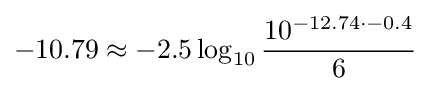
-10.79\approx -2.5\log _{10}{\frac {10^{-12.74\cdot -0.4}}{6}}